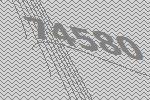
74580